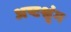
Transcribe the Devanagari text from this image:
अष्टश्रृंग